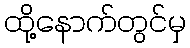
ထို့နောက်တွင်မှ